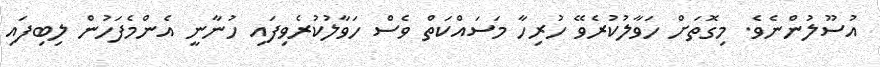
އުސޫލުންނެވެ. މިގޮތަށް ހަވާލުކުރެވޭ ހުރިހާ މަސައްކަތް ވެސް ހަވާލުކުރެވިފައި ހުނާނީ އެންމެފަހުން ލިބިފައި